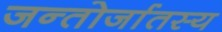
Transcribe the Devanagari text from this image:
जन्तोर्जातस्य